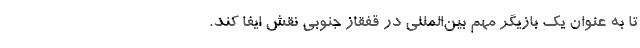
تا به عنوان یک بازیگر مهم بین‌المللی در قفقاز جنوبی نقش ایفا کند.